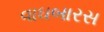
વાઘબારસ